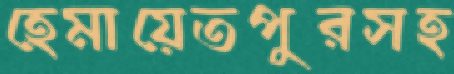
হেমায়েতপুরসহ